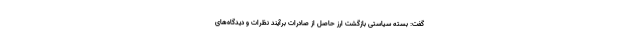
گفت: بسته سیاستی بازگشت ارز حاصل از صادرات برآیند نظرات و دیدگاه‌های